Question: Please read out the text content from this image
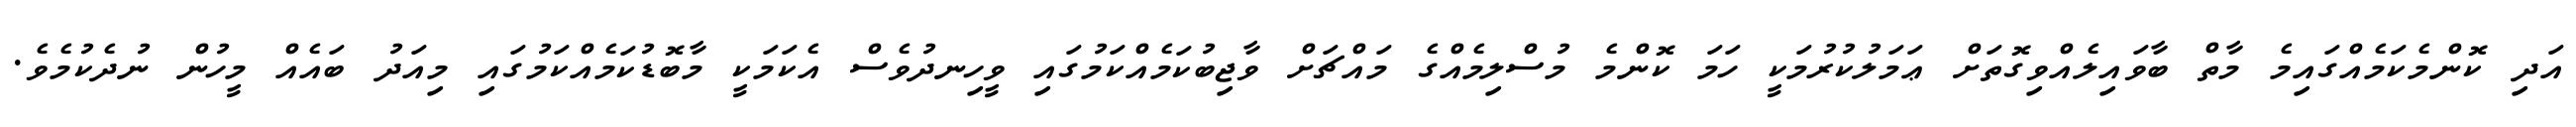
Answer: އަދި ކޮންމެކަމެއްގައިމެ މާތް ބާވައިލެއްވިގޮތަށް ޢަމަލުކުރުމަކީ ހަމަ ކޮންމެ މުސްލިމެއްގެ މައްޗަށް ވާޖިބުކަމެއްކަމުގައި ވީހިނދުވެސް އެކަމަކީ މާބޮޑުކަމެއްކަމުގައި މިއަދު ބައެއް މީހުން ނުދެކުމެވެ.